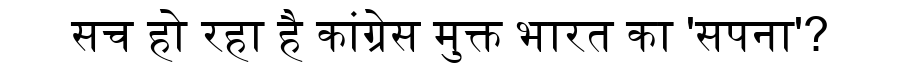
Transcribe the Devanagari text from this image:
सच हो रहा है कांग्रेस मुक्त भारत का 'सपना'?